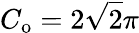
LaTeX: C_{\mathrm{o}}=2\sqrt{2}\pi